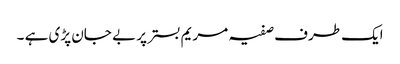
ایک طرف صفیہ مریم بستر پر بے جان پڑی ہے ۔